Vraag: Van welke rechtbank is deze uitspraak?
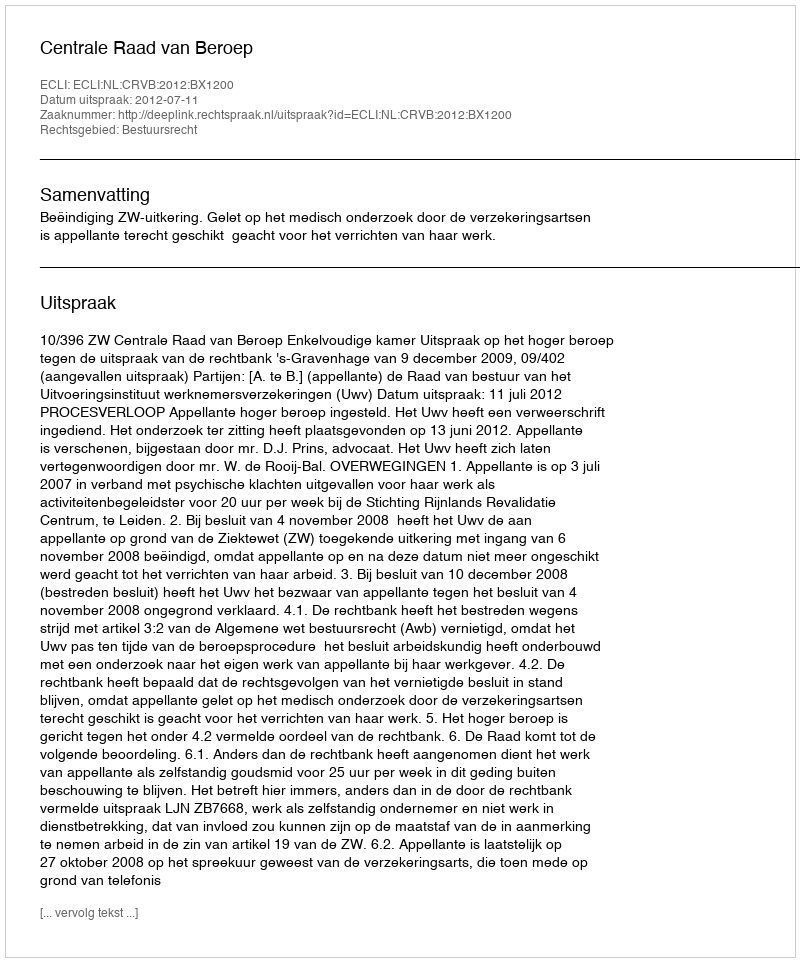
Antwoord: Centrale Raad van Beroep